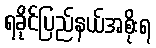
ရခိုင်ပြည်နယ်အစိုးရ